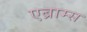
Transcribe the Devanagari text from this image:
एब्राम्‍स